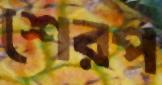
শেরপ